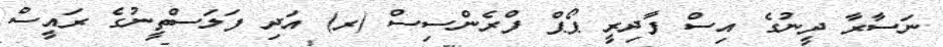
ނަސާރާ ދީނުގެ އިސް ފާދިރީ ޕޯޕް ފްރެންސިސް (ރ) އަދި ފަލަސްތީނުގެ ރައީސް